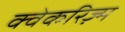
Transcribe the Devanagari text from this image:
क्वेकरिज़्म